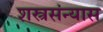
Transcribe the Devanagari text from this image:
शस्त्रसंन्यास